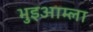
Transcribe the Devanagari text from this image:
भुइआम्ला